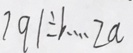
7 9 1 \div b \cdots 2 a